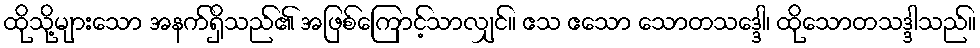
ထိုသို့များသော အနက်ရှိသည်၏ အဖြစ်ကြောင့်သာလျှင်။ ဧသ ဧသော သောတသဒ္ဒေါ၊ ထိုသောတသဒ္ဒါသည်။